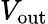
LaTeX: V_{\mathrm{out}}